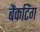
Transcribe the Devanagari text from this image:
बैंकटिंग